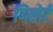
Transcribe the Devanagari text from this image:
गिलेर्ट